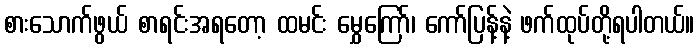
စားသောက်ဖွယ် စာရင်းအရတော့ ထမင်း မွှေကြော်၊ ကော်ပြန့်နဲ့ ဖက်ထုပ်တို့ရပါတယ်။